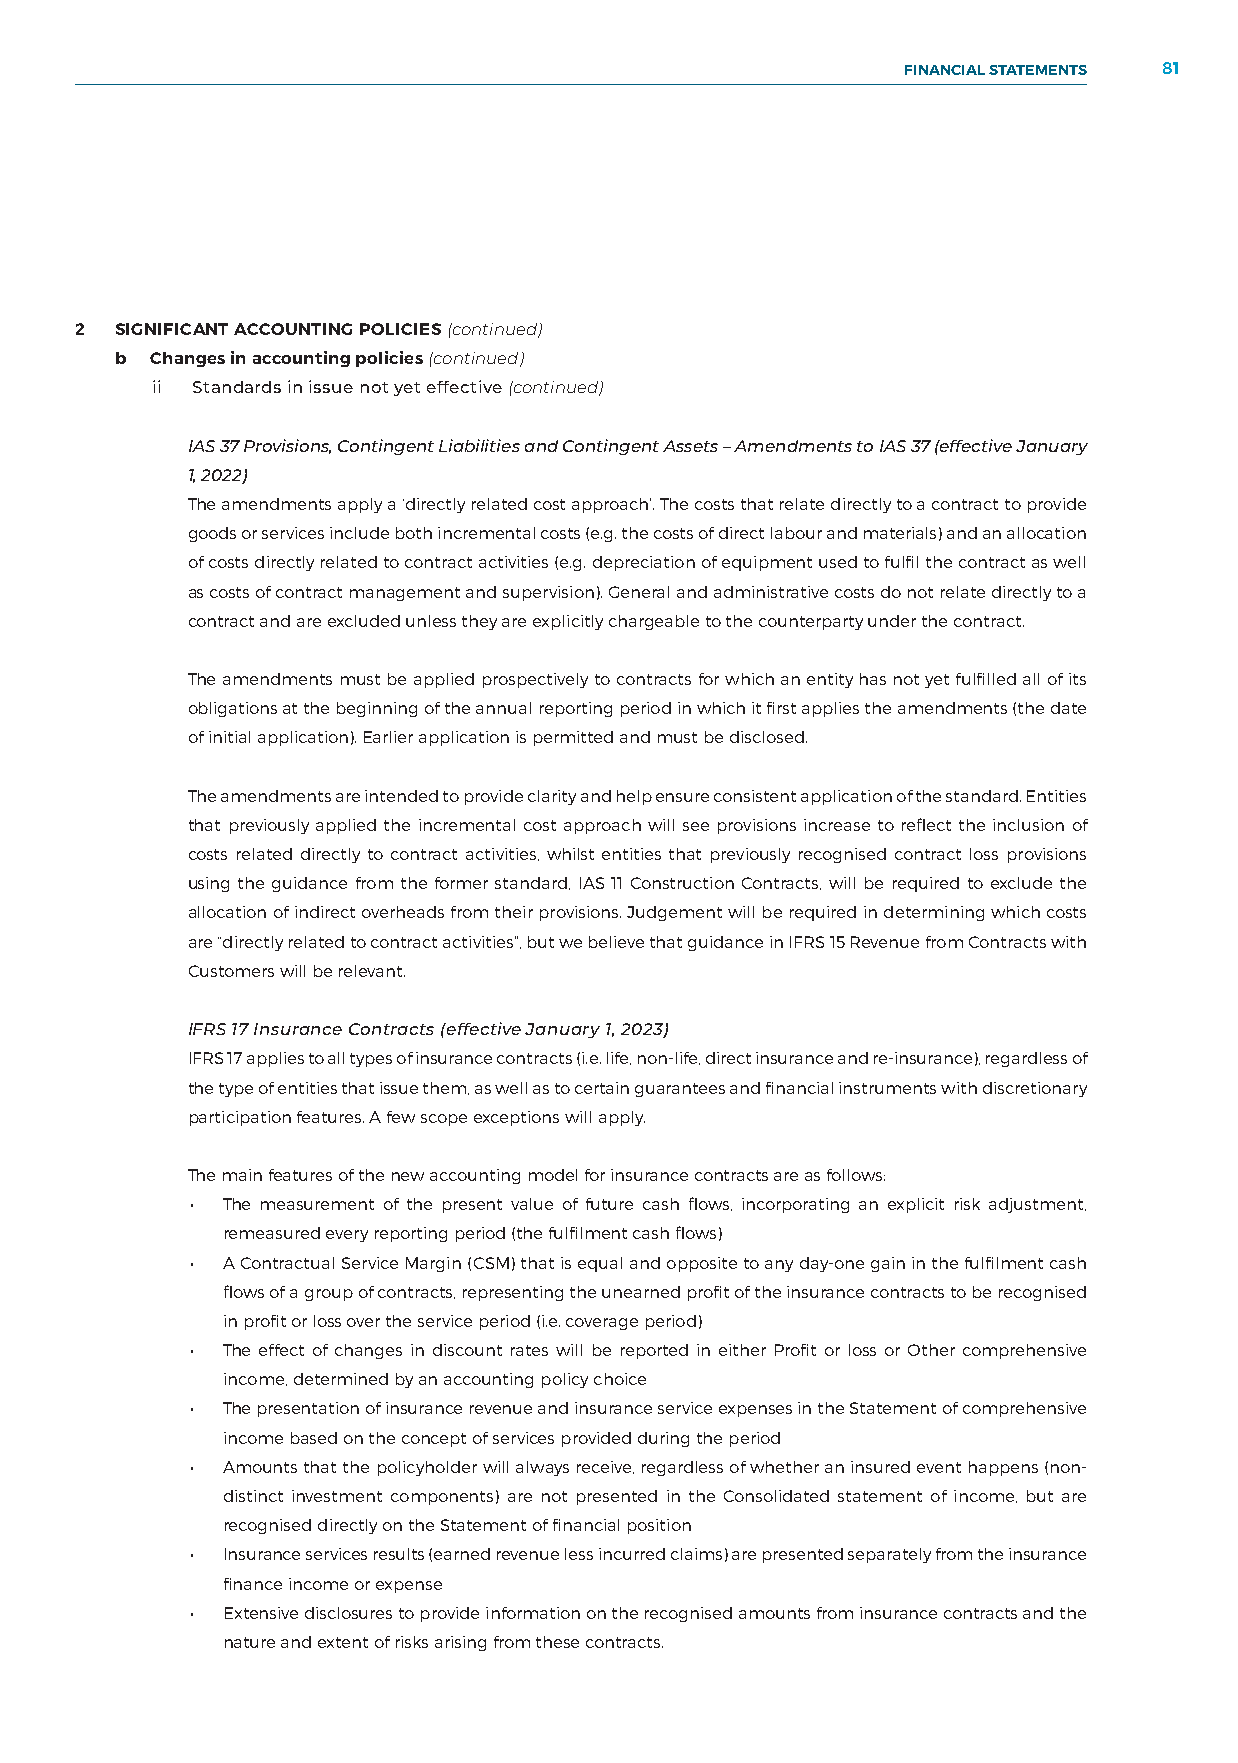
FINANCIAL STATEMENTS 81
 NOTES TO THE FINANCIAL STATEMENTS
 2  SIGNIFICANT ACCOUNTING POLICIES (continued)
 b Changes in accounting policies (continued)
 ii Standards in issue not yet effective (continued)
 IAS 37 Provisions, Contingent Liabilities and Contingent Assets – Amendments to IAS 37 (effective January
 1, 2022)
 The amendments apply a ‘directly related cost approach’. The costs that relate directly to a contract to provide
 goods or services include both incremental costs (e.g. the costs of direct labour and materials) and an allocation
 of costs directly related to contract activities (e.g. depreciation of equipment used to fulfil the contract as well
 as costs of contract management and supervision). General and administrative costs do not relate directly to a
 contract and are excluded unless they are explicitly chargeable to the counterparty under the contract.
 The amendments must be applied prospectively to contracts for which an entity has not yet fulfilled all of its
 obligations at the beginning of the annual reporting period in which it first applies the amendments (the date
 of initial application). Earlier application is permitted and must be disclosed.
 The amendments are intended to provide clarity and help ensure consistent application of the standard. Entities
 that previously applied the incremental cost approach will see provisions increase to reflect the inclusion of
 costs related directly to contract activities, whilst entities that previously recognised contract loss provisions
 using the guidance from the former standard, IAS 11 Construction Contracts, will be required to exclude the
 allocation of indirect overheads from their provisions. Judgement will be required in determining which costs
 are “directly related to contract activities”, but we believe that guidance in IFRS 15 Revenue from Contracts with
 Customers will be relevant.
 IFRS 17 Insurance Contracts (effective January 1, 2023)
 IFRS 17 applies to all types of insurance contracts (i.e. life, non-life, direct insurance and re-insurance), regardless of
 the type of entities that issue them, as well as to certain guarantees and financial instruments with discretionary
 participation features. A few scope exceptions will apply.
 The main features of the new accounting model for insurance contracts are as follows:
 • The measurement of the present value of future cash flows, incorporating an explicit risk adjustment,
 remeasured every reporting period (the fulfilment cash flows)
 • A Contractual Service Margin (CSM) that is equal and opposite to any day-one gain in the fulfilment cash
 flows of a group of contracts, representing the unearned profit of the insurance contracts to be recognised
 in profit or loss over the service period (i.e. coverage period)
 • The effect of changes in discount rates will be reported in either Profit or loss or Other comprehensive
 income, determined by an accounting policy choice
 • The presentation of insurance revenue and insurance service expenses in the Statement of comprehensive
 income based on the concept of services provided during the period
 • Amounts that the policyholder will always receive, regardless of whether an insured event happens (non-
 distinct investment components) are not presented in the Consolidated statement of income, but are
 recognised directly on the Statement of financial position
 • Insurance services results (earned revenue less incurred claims) are presented separately from the insurance
 finance income or expense
 • Extensive disclosures to provide information on the recognised amounts from insurance contracts and the
 nature and extent of risks arising from these contracts.